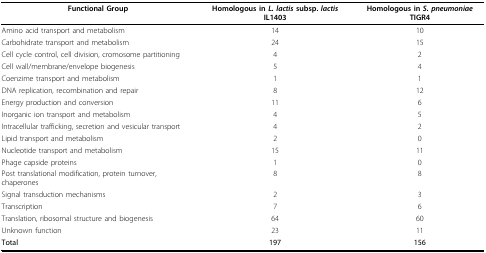
<table><thead><tr><td><b>Functional Group</b></td><td><b>Homologous in <i>L. lactis </i>subsp. <i>lactis </i>IL1403</b></td><td><b>Homologous in <i>S. pneumoniae </i>TIGR4</b></td></tr></thead><tbody><tr><td>Amino acid transport and metabolism</td><td>14</td><td>10</td></tr><tr><td>Carbohidrate transport and metabolism</td><td>24</td><td>15</td></tr><tr><td>Cell cycle control, cell division, cromosome partitioning</td><td>4</td><td>2</td></tr><tr><td>Cell wall/membrane/envelope biogenesis</td><td>5</td><td>4</td></tr><tr><td>Coenzime transport and metabolism</td><td>1</td><td>1</td></tr><tr><td>DNA replication, recombination and repair</td><td>8</td><td>12</td></tr><tr><td>Energy production and conversion</td><td>11</td><td>6</td></tr><tr><td>Inorganic ion transport and metabolism</td><td>4</td><td>5</td></tr><tr><td>Intracellular trafficking, secretion and vesicular transport</td><td>4</td><td>2</td></tr><tr><td>Lipid transport and metabolism</td><td>2</td><td>0</td></tr><tr><td>Nucleotide transport and metabolism</td><td>15</td><td>11</td></tr><tr><td>Phage capside proteins</td><td>1</td><td>0</td></tr><tr><td>Post translational modification, protein turnover, chaperones</td><td>8</td><td>8</td></tr><tr><td>Signal transduction mechanisms</td><td>2</td><td>3</td></tr><tr><td>Transcription</td><td>7</td><td>6</td></tr><tr><td>Translation, ribosomal structure and biogenesis</td><td>64</td><td>60</td></tr><tr><td>Unknown function</td><td>23</td><td>11</td></tr><tr><td><b>Total</b></td><td><b>197</b></td><td><b>156</b></td></tr></tbody></table>